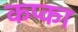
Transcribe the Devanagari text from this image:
कप्का